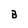
Character: B